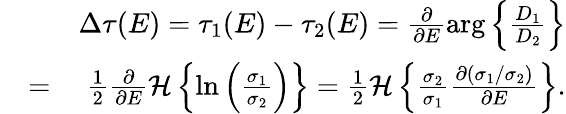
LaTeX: \begin{array}{rlr}&{}&{\Delta\tau(E)=\tau_{1}(E)-\tau_{2}(E)=\frac{\partial}{\partial E}\arg\left\{ \frac{D_{1}}{D_{2}}\right\} }\\ &{=}&{\frac{1}{2}\frac{\partial}{\partial E}\mathcal{H}\left\{ \ln\left(\frac{\sigma_{1}}{\sigma_{2}}\right)\right\} =\frac{1}{2}\mathcal{H}\left\{ \frac{\sigma_{2}}{\sigma_{1}}\frac{\partial(\sigma_{1}/\sigma_{2})}{\partial E}\right\} .}\end{array}